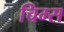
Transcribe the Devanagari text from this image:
चिम्स